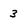
Character: 3